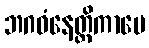
ဘဂဝံနေတ္တိကာပေ